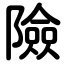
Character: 險